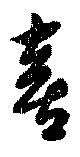
喜